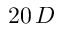
2 0 \, D